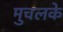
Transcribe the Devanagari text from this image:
मुचलके